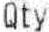
QTY